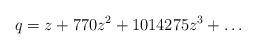
LaTeX: \begin{align*}q = z + 770z^2+1014275z^3+\ldots\end{align*}